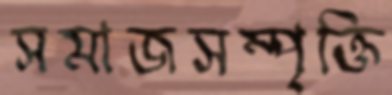
সমাজসম্পৃক্তি